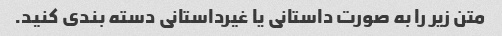
متن زیر را به صورت داستانی یا غیرداستانی دسته بندی کنید.